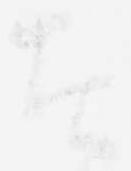
者